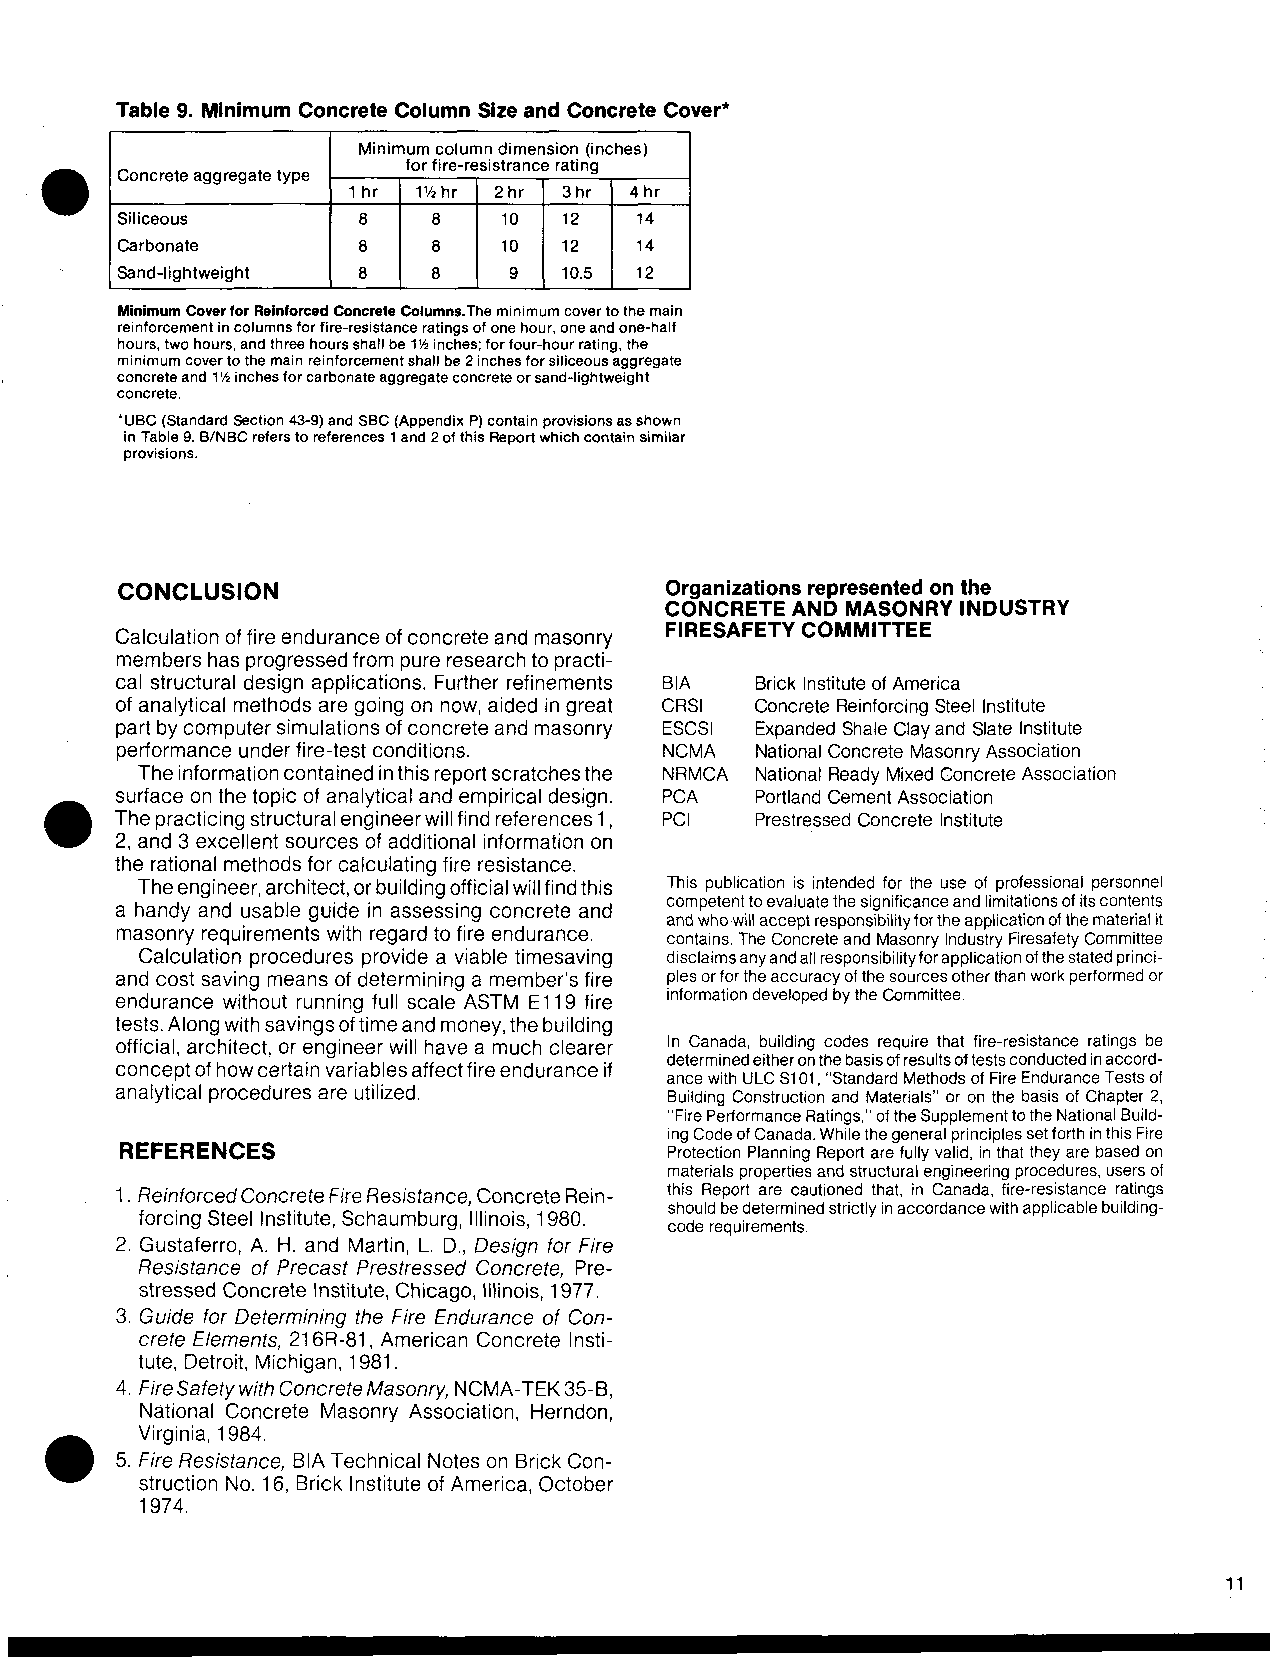
Table 9. Minimum Concrete Column Size and Concrete Cover*
 1     ~~     ~~        1
 Minimum column dimension (inches)
 1   I
 1hr  l%hr 2hr 3hr  4hr
 Siliceous       8    8   10  12   14
 Carbonate       8    8   10  12   14
 Sand-lightweight 8   8    9  10.5 12
 CONCLUSION                          Organizations represented on the
 CONCRETE AND MASONRY INDUSTRY
 FI R ESAFETY CO M M IT IEE
 Calculation of fire endurance of concrete and masonry
 members has progressed from pure research to practi-
 cal structural design applications. Further refinements BIA Brick Institute of America
 of analytical methods are going on now, aided in great CRSl Concrete Reinforcing Steel Institute
 part by computer simulations of concrete and masonry ESCSI Expanded Shale Clay and Slate Institute
 performance under fire-test conditions. NCMA National Concrete Masonry Association
 The information contained in this report scratches the NRMCA National Ready Mixed Concrete Association
 surface on the topic of analytical and empirical design. PCA Portland Cement Association
 The practicing structural engineer will find references 1, PCI Prestressed Concrete Institute
 2, and 3 excellent sources of additional information on
 the rational methods for calculating fire resistance.
 The engineer, architect, or building official will find this This publication is intended for the use of professional personnel
 competent to evaluate the significance and limitations of its contents
 a handy and usable guide in assessing concrete and
 and who will accept responsibility for the application of the material it
 masonry requirements with regard to fire endurance.
 contains. The Concrete and Masonry Industry Firesafety Committee
 Calculation procedures provide a viable timesaving disclaims any and all responsibilityfor application of the stated princi-
 and cost saving means of determining a member's fire ples or for the accuracy of the sources other than work performed or
 endurance without running full scale ASTM El 19 fire information developed by the Committee.
 tests. Along with savings of time and money, the building
 official, architect, or engineer will have a much clearer In Canada, building codes require that fire-resistance ratings be
 determined either on the basis of results of tests conducted in accord-
 concept of how certain variables affect fire endurance if
 ance with ULC SlOl , "Standard Methods of Fire Endurance Tests of
 analytical procedures are utilized. Building Construction and Materials" or on the basis of Chapter 2,
 "Fire Performance Ratings," of the Supplement to the National Build-
 ing Code of Canada, While the general principles set forth in this Fire
 REFERENCES                          Protection Planning Report are fully valid, in that they are based on
 materials properties and structural engineering procedures, users of
 1 . Reinforced Concrete fire Resistance, Concrete Rein- this Report are cautioned that, in Canada, fire-resistance ratings
 should be determined strictly in accordance with applicable building-
 forcing Steel Institute, Schaumburg, Illinois, 1980.
 code requirements.
 2. Gustaferro, A. H. and Martin, L. D., Design for Fire
 Resistance of Precast Prestressed Concrete, Pre-
 stressed Concrete Institute, Chicago, Illinois, 1977.
 3. Guide for Determining the Fire Endurance of Con-
 crete Elements, 21 6R-81, American Concrete Insti-
 tute, Detroit, Michigan, 1981.
 4. Fire Safety with Concrete Masonry, NCMA-TEK 35-8,
 National Concrete Masonry Association, Herndon,
 Virginia, 1984.
 5. Fire Resistance, BIA Technical Notes on Brick Con-
 struction No. 16, Brick Institute of America, October
 1974.
 11